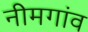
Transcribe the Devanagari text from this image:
नीमगांव